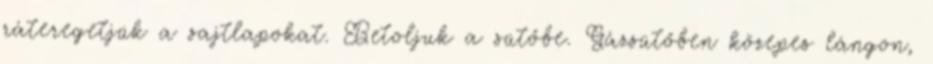
ráteregetjük a sajtlapokat. Betoljuk a sütőbe. Gázsütőben közepes lángon,